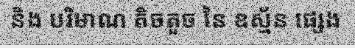
និង បរិមាណ តិចតួច នៃ ឧស្ម័ន ផ្សេង